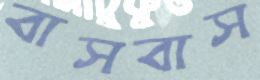
বাসবাস